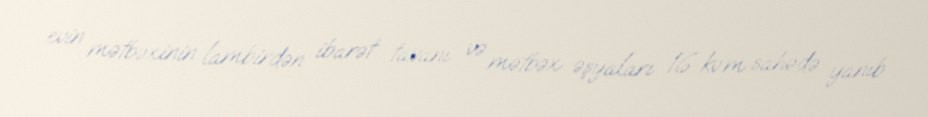
evin mətbəxinin lambirdən ibarət tavanı və mətbəx əşyaları 16 kv.m sahədə yanıb.